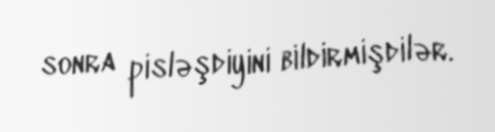
sonra pisləşdiyini bildirmişdilər.